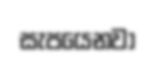
සැපයෙනවා